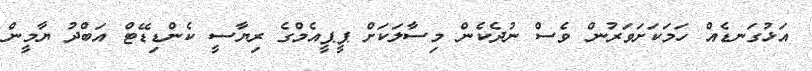
އަޅުގަނޑެއް ހަމަކަށަވަރުން ވެސް ނުދެކެން މިސާލަކަށް ޕީޕީއެމްގެ ރިޔާސީ ކެންޑިޑޭޓް އަބްދު ޔާމީން